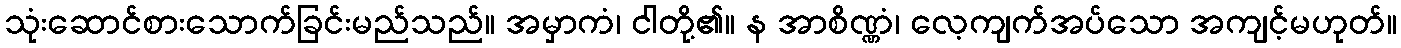
သုံးဆောင်စားသောက်ခြင်းမည်သည်။ အမှာကံ၊ ငါတို့၏။ န အာစိဏ္ဏံ၊ လေ့ကျက်အပ်သော အကျင့်မဟုတ်။